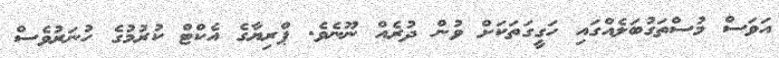
އަވަސް މުސްތަގުބަލެއްގައި ހަގީގަތަކަށް ވުން ދުރެއް ނޫނެވެ. ޕްރިޔާގެ އެކްޓް ކުރުމުގެ ހުނަރުވެސް